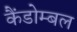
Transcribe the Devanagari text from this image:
कैंडोम्बल